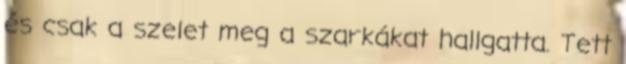
és csak a szelet meg a szarkákat hallgatta. Tett